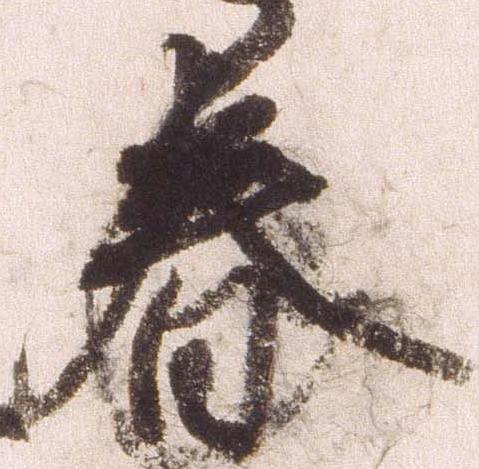
春